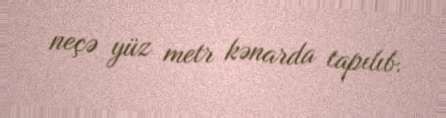
neçə yüz metr kənarda tapılıb.